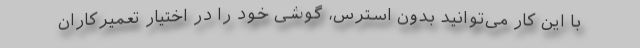
با این کار می‌توانید بدون استرس، گوشی خود را در اختیار تعمیرکاران